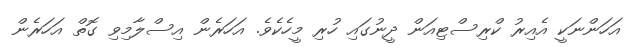
އަހަންނަކީ އެއިރު ކްރިސްޓިއަން ދީނުގައި ހުރި މީހެކެވެ. އަހަރެން އިސްލާމިވި ގޮތް އަހަރެން